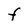
Character: F